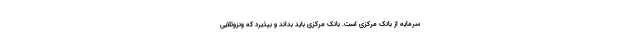
سرمایه از بانک مرکزی است. بانک مرکزی باید بداند و بپذیرد که ونزوئلایی